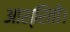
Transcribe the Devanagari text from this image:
आश्रितों।